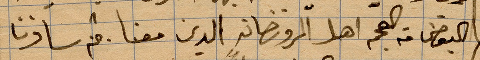
البعض من .. اهل ... الين معنا. ثم سافرنا